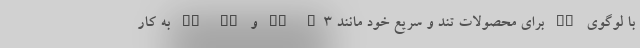
با لوگوی RS برای محصولات تند و سریع خود مانند RS Q3 و TT RS به کار